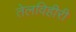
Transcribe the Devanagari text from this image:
तेलविहीरी